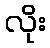
လိုး